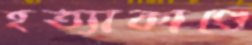
হত্যাকাণ্ডে